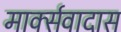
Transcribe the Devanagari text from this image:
मार्क्सवादास